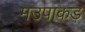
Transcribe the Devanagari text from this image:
मउपाकड़